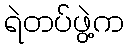
ရဲတပ်ဖွဲ့က